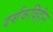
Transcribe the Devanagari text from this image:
दर्शकविहीन